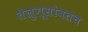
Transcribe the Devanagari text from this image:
तेलुगूसोबतच